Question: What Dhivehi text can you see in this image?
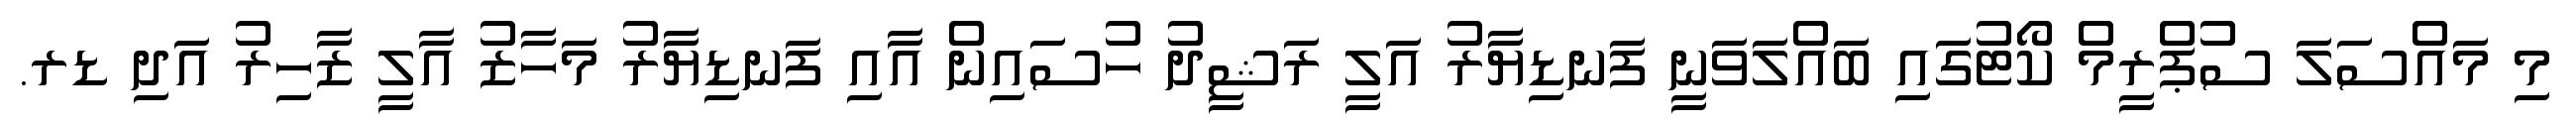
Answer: މި މައްސަލަ ސުޕްރީމް ކޯޓުގައި ބައްލަވަނީ ފަނޑިޔާރު އަލީ ރަޝީދު ހުސައިން އާއި ފަނޑިޔާރު މަހާޒު އާލީ ޒާހިރު އަދި ޑރ.